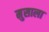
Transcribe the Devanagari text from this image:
मुसाला